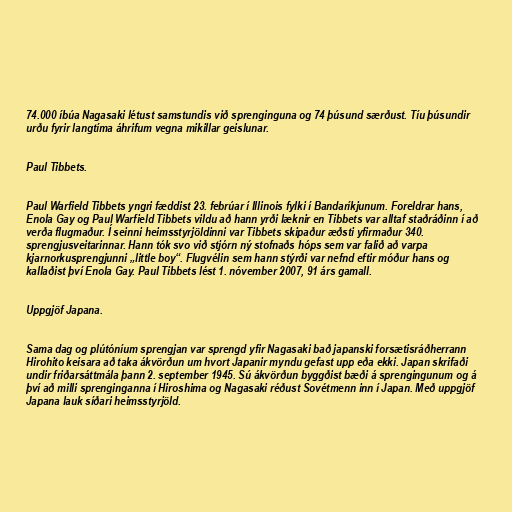
74.000 íbúa Nagasaki létust samstundis við sprenginguna og 74 þúsund særðust. Tíu þúsundir
urðu fyrir langtíma áhrifum vegna mikillar geislunar.

Paul Tibbets.

Paul Warfield Tibbets yngri fæddist 23. febrúar í Illinois fylki í Bandaríkjunum. Foreldrar hans,
Enola Gay og Paul Warfield Tibbets vildu að hann yrði læknir en Tibbets var alltaf staðráðinn í að
verða flugmaður. Í seinni heimsstyrjöldinni var Tibbets skipaður æðsti yfirmaður 340.
sprengjusveitarinnar. Hann tók svo við stjórn ný stofnaðs hóps sem var falið að varpa
kjarnorkusprengjunni „little boy“. Flugvélin sem hann stýrði var nefnd eftir móður hans og
kallaðist því Enola Gay. Paul Tibbets lést 1. nóvember 2007, 91 árs gamall.

Uppgjöf Japana.

Sama dag og plútóníum sprengjan var sprengd yfir Nagasaki bað japanski forsætisráðherrann
Hirohito keisara að taka ákvörðun um hvort Japanir myndu gefast upp eða ekki. Japan skrifaði
undir friðarsáttmála þann 2. september 1945. Sú ákvörðun byggðist bæði á sprengingunum og á
því að milli sprenginganna í Hiroshima og Nagasaki réðust Sovétmenn inn í Japan. Með uppgjöf
Japana lauk síðari heimsstyrjöld.